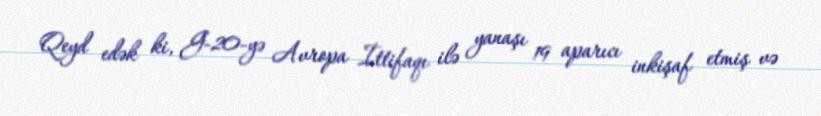
Qeyd edək ki, G-20-yə Avropa İttifaqı ilə yanaşı 19 aparıcı inkişaf etmiş və